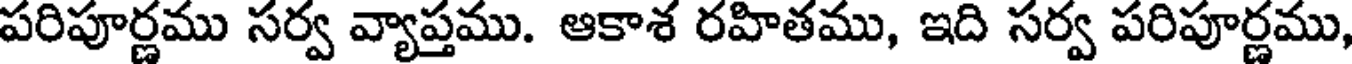
పరిపూర్ణము సర్వ వ్యాప్తము. ఆకాశ రహితము, ఇది సర్వ పరిపూర్ణము,